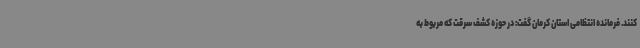
کنند. فرمانده انتظامی استان کرمان گفت: در حوزه کشف سرقت که مربوط به